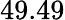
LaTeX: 49.49